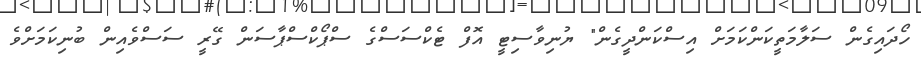
ހޯދައިގެން ސަލާމަތީކަންކަމަށް އިސްކަންދީގެން" ޔުނިވާސިޓީ އޮފް ޓެކްސަސްގެ ސްޕޯކްސްޕާސަން ގޭރީ ސަސްވެއިން ބުނިކަމަށްވެ